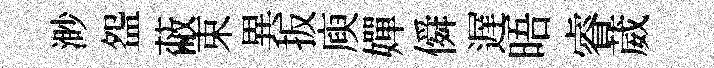
渺盌蔽束異扳庾嬋僢遅晤睿葳